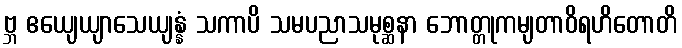
ဗ္ဘ ဧယျေယျာသေယျန္နံ သကာပိ သမပညာသမုစ္ဆနာ ဘောတ္တုကမျတာဝိရဟိတောတိ